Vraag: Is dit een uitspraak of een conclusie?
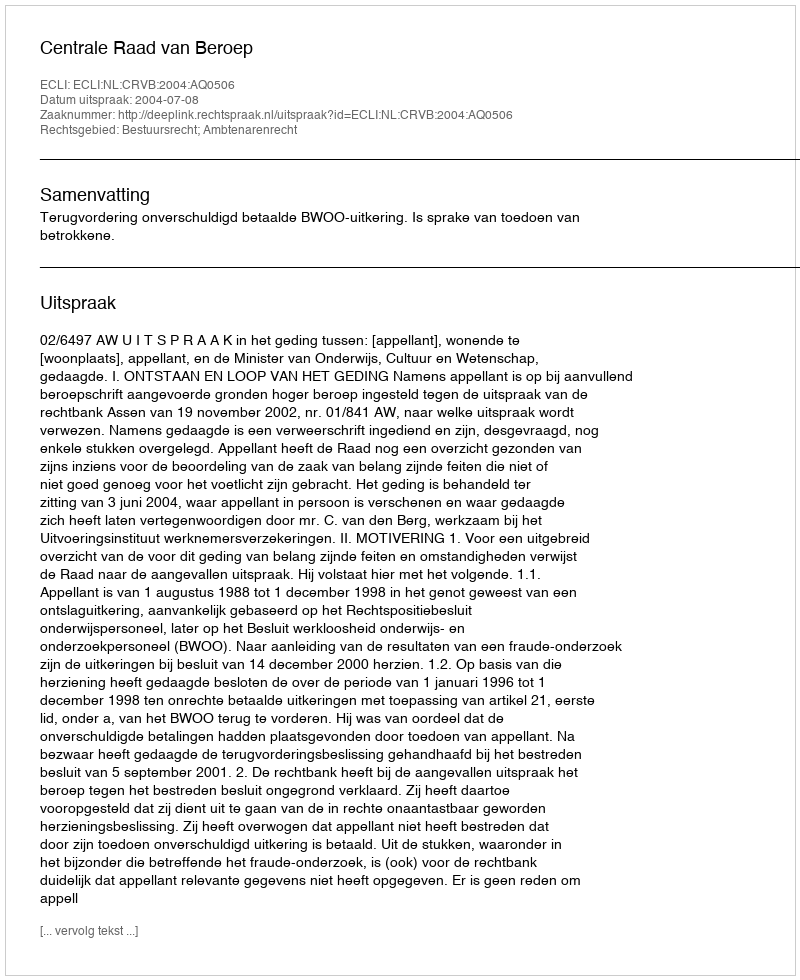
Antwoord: Uitspraak